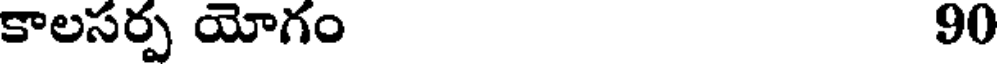
కాలసర్ప యోగం 90